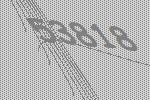
53818